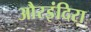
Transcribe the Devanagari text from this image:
औरइंदिरा